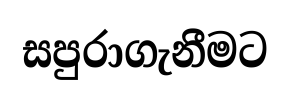
සපුරාගැනීමට